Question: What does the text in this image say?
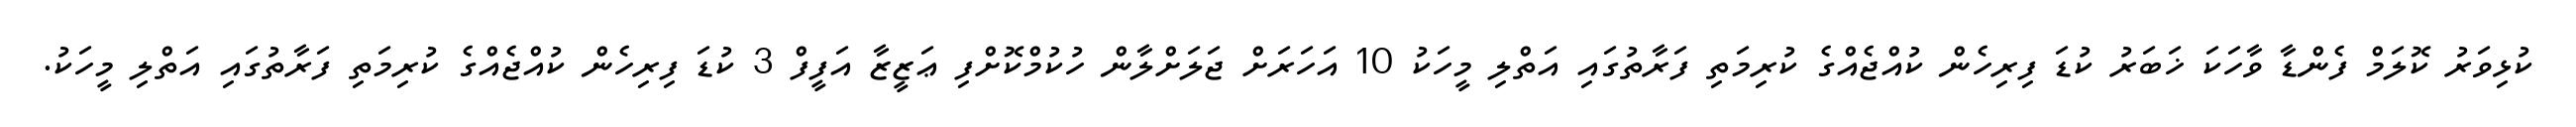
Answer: ކުޅިވަރު ކޮލަމް ފެންޑާ ވާހަކަ ޚަބަރު ކުޑަ ފިރިހެން ކުއްޖެއްގެ ކުރިމަތި ފަރާތުގައި އަތްލި މީހަކު 10 އަހަރަށް ޖަލަށްލާން ހުކުމްކޮށްފި ޢަޒީޒާ އަފީފް 3 ކުޑަ ފިރިހެން ކުއްޖެއްގެ ކުރިމަތި ފަރާތުގައި އަތްލި މީހަކު.